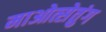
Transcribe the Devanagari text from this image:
माओत्सेतुंग